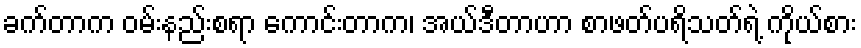
ခက်တာက ဝမ်းနည်းစရာ ကောင်းတာက၊ အယ်ဒီတာဟာ စာဖတ်ပရိသတ်ရဲ့ ကိုယ်စား